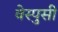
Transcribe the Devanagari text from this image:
वेस्पुसी